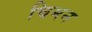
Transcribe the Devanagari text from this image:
चिमन